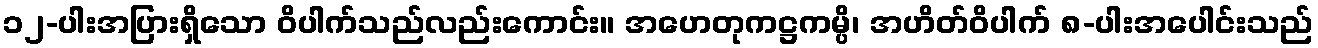
၁၂-ပါးအပြားရှိသော ဝိပါက်သည်လည်းကောင်း။ အဟေတုကဋ္ဌကမ္ပိ၊ အဟိတ်ဝိပါက် ၈-ပါးအပေါင်းသည်